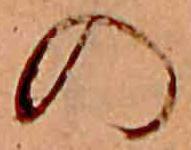
の